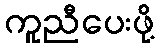
ကူညီပေးဖို့